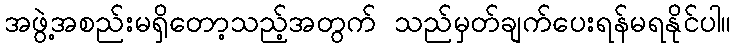
အဖွဲ့အစည်းမရှိတော့သည့်အတွက် သည်မှတ်ချက်ပေးရန်မရနိုင်ပါ။